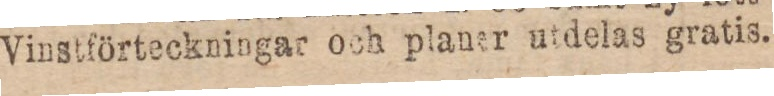
Vinstförteckningar och planer utdelas gratis.